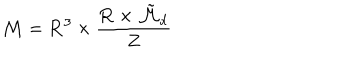
LaTeX: { \cal M } = { \bf R } ^ { 3 } \times \frac { { \bf R } \times \tilde { \cal M } _ { d } } { Z }